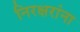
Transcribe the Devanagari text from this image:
निरक्षरांना